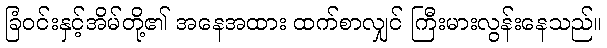
ခြံဝင်းနှင့်အိမ်တို့၏ အနေအထား ထက်စာလျှင် ကြီးမားလွန်းနေသည်။